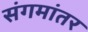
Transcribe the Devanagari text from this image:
संगमांतर